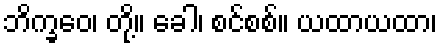
ဘိက္ခဝေ၊ တို့။ ခေါ၊ စင်စစ်။ ယထာယထာ၊